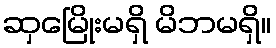
ဆှမြေိုးမရှိ မိဘမရှိ။